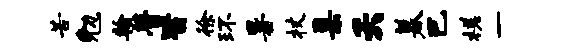
苦勉翰瞢皆徐环暑杖臬夭暮巴槎一